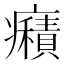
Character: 癪